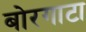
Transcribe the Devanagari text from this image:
बोरगाटा